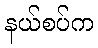
နယ်စပ်က